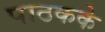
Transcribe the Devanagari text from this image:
पाठकके